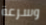
وسرعة